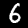
Digit: 6